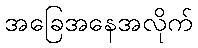
အခြေအနေအလိုက်